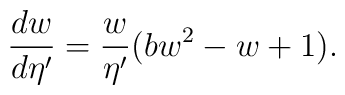
\frac{dw}{d\eta'} = \frac{w}{\eta'}(bw^2-w+1).